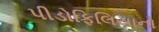
પીડોફિલિયાનો